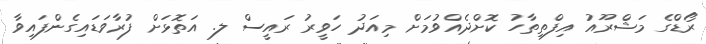
ރޯޑްގެ މަޝްރޫއު އިފްތިތާހު ކޮށްދެއްވުމަށް މިއަދު ހަވީރު ރައީސް ލ. އަތޮޅަށް ފުރާވަޑައިގެންފައިވާ